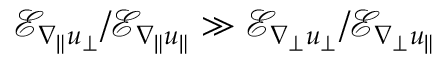
\mathcal { E } _ { \nabla _ { \| } u _ { \perp } } / \mathcal { E } _ { \nabla _ { \| } u _ { \| } } \gg \mathcal { E } _ { \nabla _ { \perp } u _ { \perp } } / \mathcal { E } _ { \nabla _ { \perp } u _ { \| } }